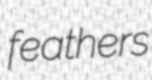
feathers